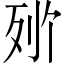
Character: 𬆒